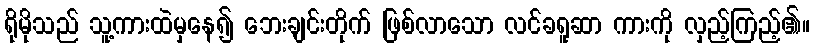
ရိုမိုသည် သူ့ကားထဲမှနေ၍ ဘေးချင်းတိုက် ဖြစ်လာသော လင်ခရူဆာ ကားကို လှည့်ကြည့်၏။